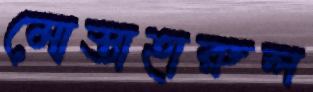
মোস্তাহারুল